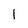
Character: l